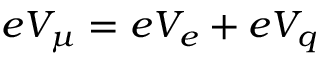
e V _ { \mu } = e V _ { e } + e V _ { q }